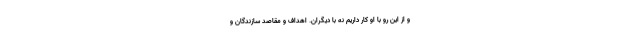
و از این رو با او کار داریم نه با دیگران. اهداف و مقاصد سازندگان و